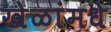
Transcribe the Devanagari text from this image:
खेळांमधे